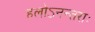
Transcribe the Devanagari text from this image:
हलोऽनन्तराः